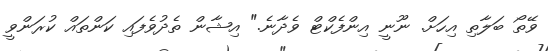
ވޭތޯ ބަލާތި އިހަށް. ނޫނީ އިންފެކްޓް ވެދާނެ." އިޝާން ތެދުވެފައި ކަންތައް ކުރަންވީ